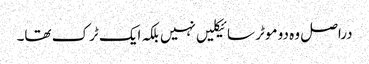
دراصل وہ دو موٹر سائیکلیں نہیں بلکہ ایک ٹرک تھا۔